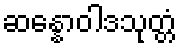
ဆန္နောဝါဒသုတ္တံ